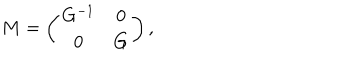
LaTeX: M = \left( \begin{array} { c c } { { G ^ { - 1 } } } & { { 0 } } \\ { { 0 } } & { { G } } \\ \end{array} \right) ,